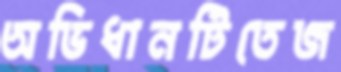
অভিধানটিতেজ